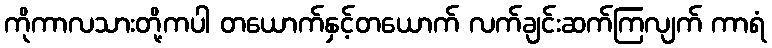
ကိုကာလသားတို့ကပါ တယောက်နှင့်တယောက် လက်ချင်းဆက်ကြလျက် ကာရံ